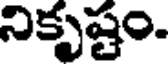
నికృష్టం.